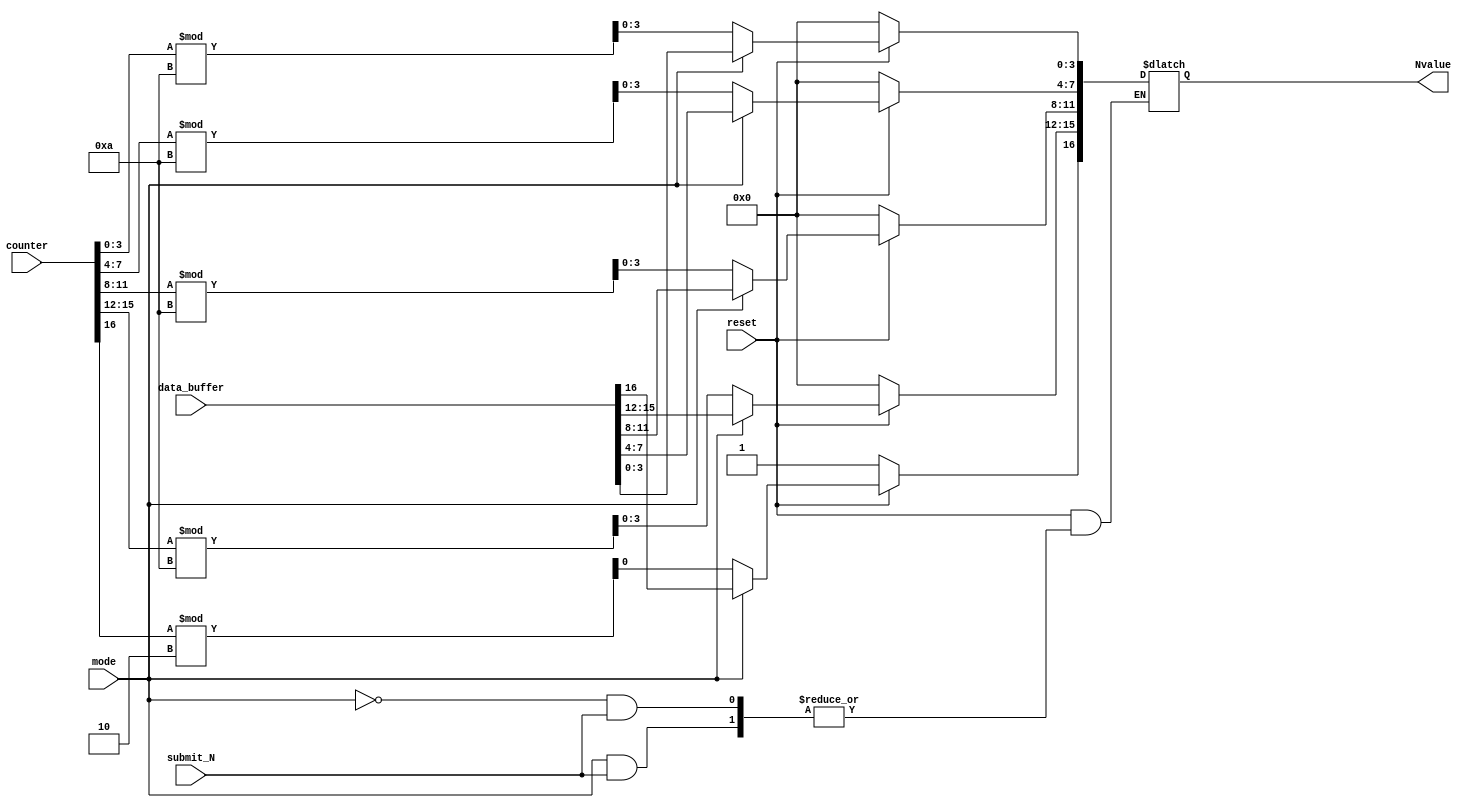
module N_value(mode,submit_N,data_buffer,Nvalue,reset,counter);
input mode,submit_N;
input [16:0]data_buffer;
input reset;
input [31:0] counter;
output reg [16:0]Nvalue=0;
always@(*)
if(!reset) Nvalue<=17'b10000_0000_0000_0000;
else
begin
	if(mode) 
		begin
		if(!submit_N) Nvalue<=data_buffer;
		end
	else
		begin
			if(!submit_N)
			begin
			Nvalue[3:0]<=counter[3:0]%10;
			Nvalue[7:4]<=counter[7:4]%10;
			Nvalue[11:8]<=counter[11:8]%10;
			Nvalue[15:12]<=counter[15:12]%10;
			Nvalue[16]<=counter[16]%2;
			end
		end
end
endmodule